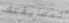
لمضايقتك